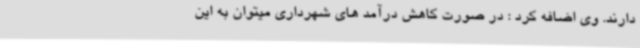
دارند. وی اضافه کرد : در صورت کاهش درآمد های شهرداری میتوان به این